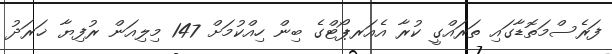
ފަރެސްމަތޮޑާގައި ތަރައްގީ ކުރާ އެއަރޕޯޓްގެ ބިން ހިއްކުމަށް 147 މިލިއަން ރުފިޔާ ޚަރަދު